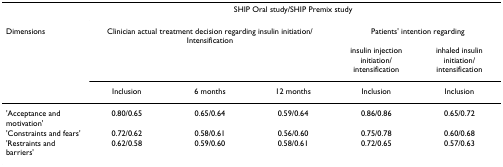
|  | <COLSPAN=5> SHIP Oral study/SHIP Premix study |
 | Dimensions | <COLSPAN=3> Clinician actual treatment decision regarding insulin initiation/Intensification | <COLSPAN=2> Patients' intention regarding |
 |  |  |  |  | insulin injection initiation/intensification | inhaled insulin initiation/intensification |
 |  | Inclusion | 6 months | 12 months | Inclusion | Inclusion |
 | --- | --- | --- | --- | --- | --- |
 | 'Acceptance and motivation' | 0.80/0.65 | 0.65/0.64 | 0.59/0.64 | 0.86/0.86 | 0.65/0.72 |
 | 'Constraints and fears' | 0.72/0.62 | 0.58/0.61 | 0.56/0.60 | 0.75/0.78 | 0.60/0.68 |
 | 'Restraints and barriers' | 0.62/0.58 | 0.59/0.60 | 0.58/0.61 | 0.72/0.65 | 0.57/0.63 |